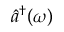
\hat { a } ^ { \dagger } ( \omega )